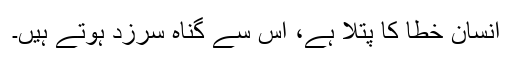
انسان خطا کا پتلا ہے، اس سے گناہ سرزد ہوتے ہیں۔